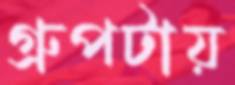
গ্রুপটায়